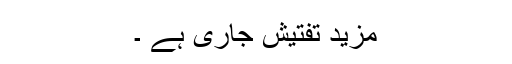
مزید تفتیش جاری ہے ۔